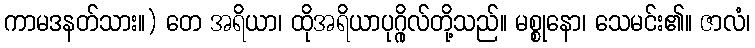
ကာမဒနတ်သား။) တေ အရိယာ၊ ထိုအရိယာပုဂ္ဂိုလ်တို့သည်။ မစ္စုနော၊ သေမင်း၏။ ဇာလံ၊